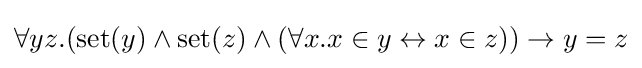
\forall yz.(\mathrm {set} (y)\wedge \mathrm {set} (z)\wedge (\forall x.x\in y\leftrightarrow x\in z))\to y=z